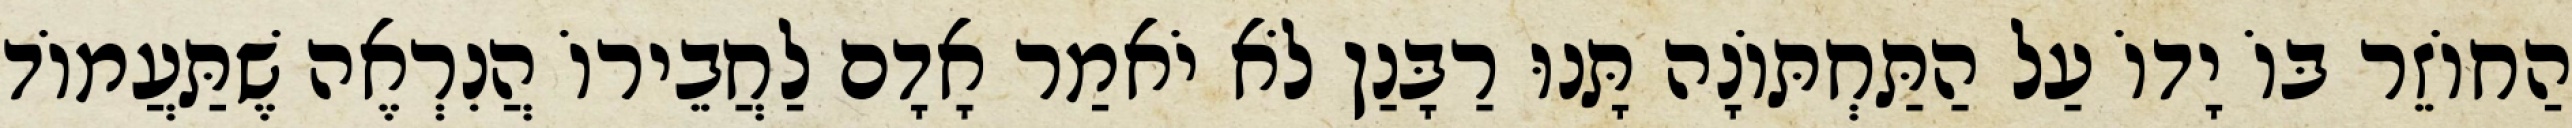
הַחוֹזֵר בּוֹ יָדוֹ עַל הַתַּחְתּוֹנָה תָּנוּ רַבָּנַן לֹא יֹאמַר אָדָם לַחֲבֵירוֹ הֲנִרְאֶה שֶׁתַּעֲמוֹד